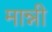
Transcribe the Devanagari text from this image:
मान्नी